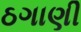
ઠગાણી